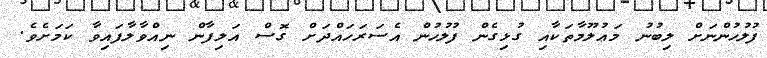
ފުލުހުންނަށް ލިބުނު މަޢުލޫމާތަކާއި ގުޅިގެން ފުލުހުން އެސަރަހައްދަށް ގޮސް އަލިފާން ނިއްވާލާފައިވާ ކަމަށެވެ.